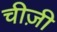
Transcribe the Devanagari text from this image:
चीज़ी